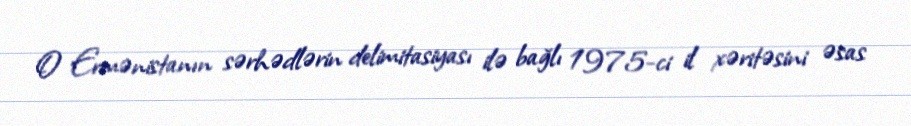
O Ermənistanın sərhədlərin delimitasiyası ilə bağlı 1975-ci il xəritəsini əsas